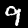
Digit: 9